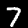
Label: 7